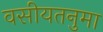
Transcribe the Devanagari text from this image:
वसीयतनुमा